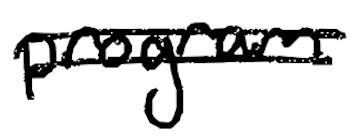
Text: program
Cross-out: double-line
Writing tool: digital_black